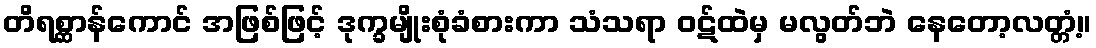
တိရစ္ဆာန်ကောင် အဖြစ်ဖြင့် ဒုက္ခမျိုးစုံခံစားကာ သံသရာ ဝဋ်ထဲမှ မလွတ်ဘဲ နေတော့လတ္တံ့။